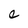
Character: c